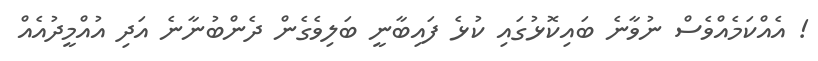
! އެއްކަމެއްވެސް ނުވާނެ ބައިކޮޅުގައި ކުޅެ ފައިބާނީ ބަލިވެގެން ދެންބުނާނެ އަދި އުއްމީދުއެއް